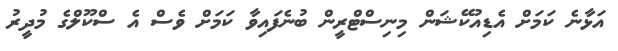
އަޅާނެ ކަމަށް އެޑިއުކޭޝަން މިނިސްޓްރީން ބުނެފައިވާ ކަމަށް ވެސް އެ ސްކޫލްގެ މުދީރު